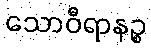
သောဝီရာနဉ္စ